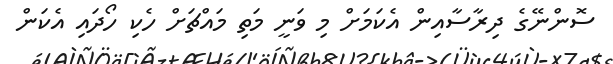
ސޮންނޭގެ ދިރާސާއިން އެކަމަށް މި ވަނީ މަތި މައްޗަށް ހެކި ހޯދައި އެކަން